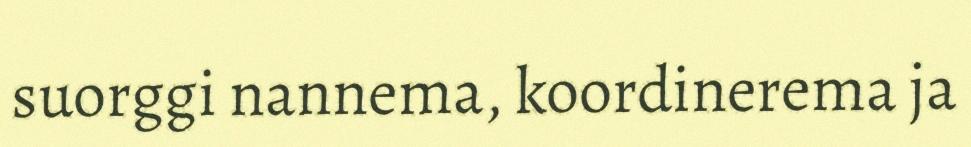
suorggi nannema, koordinerema ja